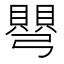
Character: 𭛋